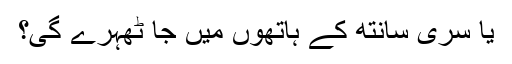
یا سری سانتھ کے ہاتھوں میں جا ٹھہرے گی؟